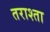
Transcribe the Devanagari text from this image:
तराश्ता